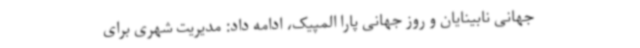
جهانی نابینایان و روز جهانی پارا المپیک، ادامه داد: مدیریت شهری برای